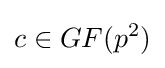
c\in GF(p^{2})